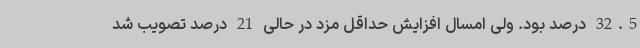
32.5 درصد بود. ولی امسال افزایش حداقل مزد در حالی 21 درصد تصویب شد